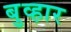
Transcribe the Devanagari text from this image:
बुव्हार